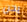
يحن